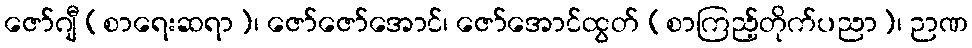
ဇော်ဂျီ (စာရေးဆရာ)၊ ဇော်ဇော်အောင်၊ ဇော်အောင်ထွတ် (စာကြည့်တိုက်ပညာ)၊ ဉာဏ